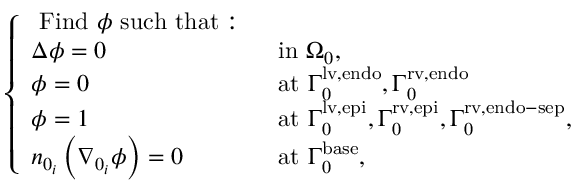
\left\{ \begin{array} { l l } { \mathrm { ~ F i n d ~ } \phi \mathrm { ~ s u c h ~ t h a t : ~ } } & \\ { \Delta \phi = 0 } & { \mathrm { ~ i n ~ } { \Omega } _ { 0 } , } \\ { \phi = 0 } & { \mathrm { ~ a t ~ } { \Gamma } _ { 0 } ^ { \mathrm { { l v , e n d o } } } , { \Gamma } _ { 0 } ^ { \mathrm { r v , e n d o } } } \\ { \phi = 1 } & { \mathrm { ~ a t ~ } { \Gamma } _ { 0 } ^ { \mathrm { { l v , e p i } } } , { \Gamma } _ { 0 } ^ { \mathrm { r v , e p i } } , { \Gamma } _ { 0 } ^ { \mathrm { { r v , e n d o - s e p } } } , } \\ { n _ { 0 _ { i } } \left( \nabla _ { 0 _ { i } } \phi \right) = 0 } & { \mathrm { ~ a t ~ } { \Gamma } _ { 0 } ^ { \mathrm { b a s e } } , } \end{array} \right.